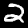
Label: 2